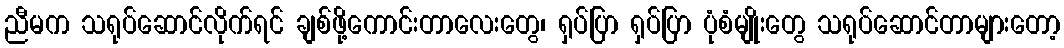
ညီမက သရုပ်ဆောင်လိုက်ရင် ချစ်ဖို့ကောင်းတာလေးတွေ၊ ရှပ်ပြာ ရှပ်ပြာ ပုံစံမျိုးတွေ သရုပ်ဆောင်တာများတော့